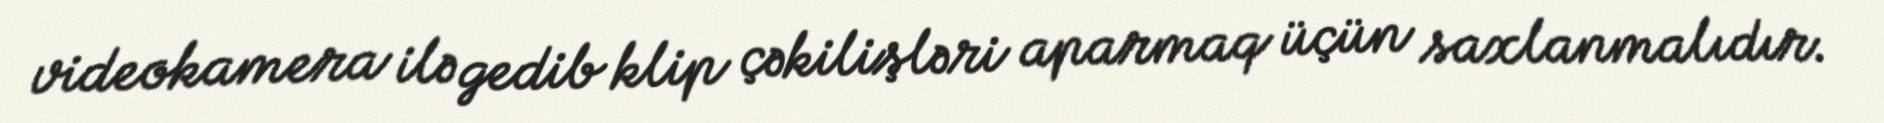
videokamera ilə gedib klip çəkilişləri aparmaq üçün saxlanmalıdır.